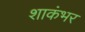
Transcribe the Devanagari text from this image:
शाकंभर